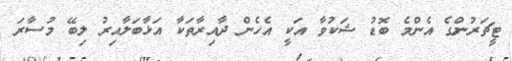
ޓީޗަރުންގެ އެންމެ ބޮޑު ޝަކުވާ އަކީ އެހެން ދާއިރާތަކާ އަޅާބަލާއިރު ލިބޭ މުސާރަ